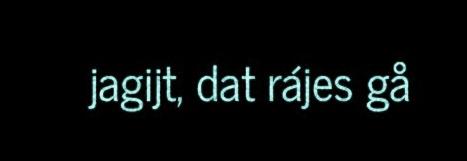
jagijt, dat rájes gå